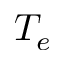
T _ { e }